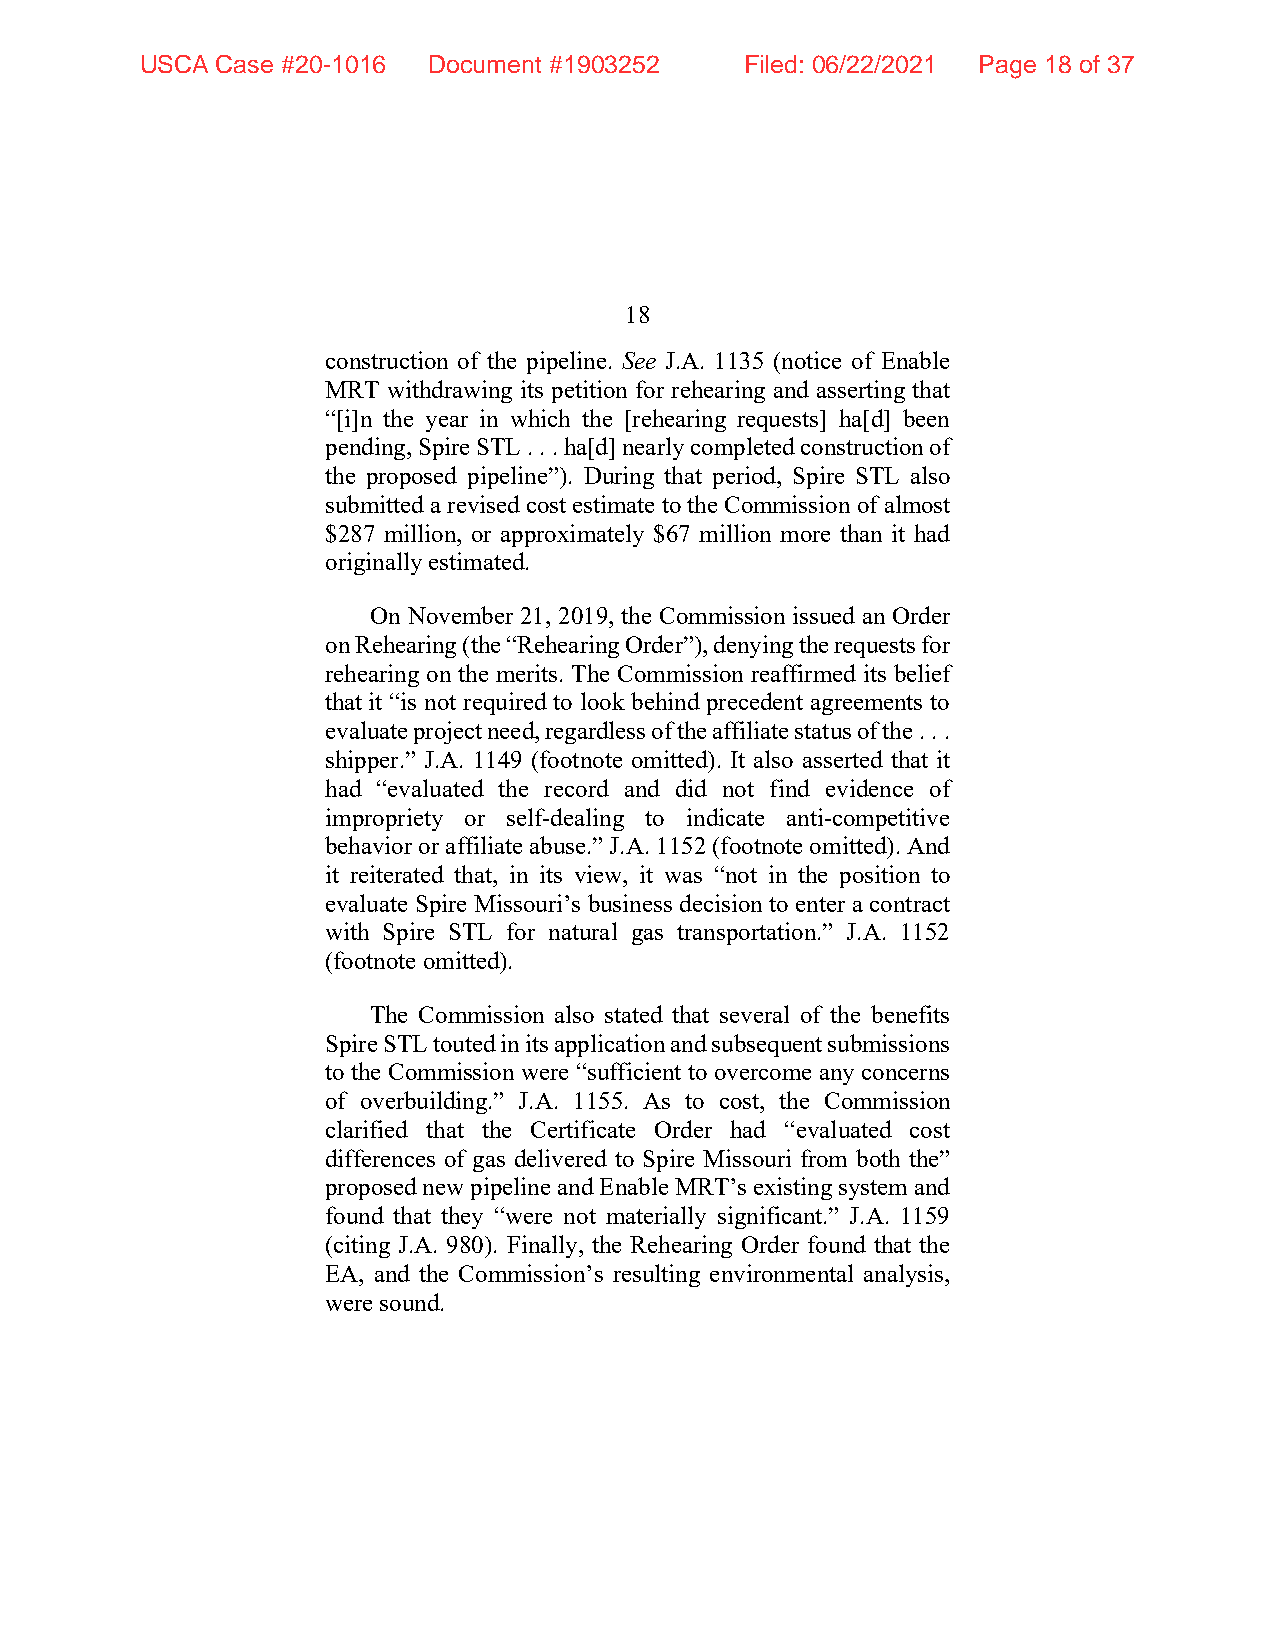
USCA Case #20-1016 Document #1903252    Filed: 06/22/2021 Page 18 of 37
 18
 construction of the pipeline. See J.A. 1135 (notice of Enable
 MRT withdrawing its petition for rehearing and asserting that
 “[i]n the year in which the [rehearing requests] ha[d] been
 pending, Spire STL . . . ha[d] nearly completed construction of
 the proposed pipeline”). During that period, Spire STL also
 submitted a revised cost estimate to the Commission of almost
 $287 million, or approximately $67 million more than it had
 originally estimated.
 On November 21, 2019, the Commission issued an Order
 on Rehearing (the “Rehearing Order”), denying the requests for
 rehearing on the merits. The Commission reaffirmed its belief
 that it “is not required to look behind precedent agreements to
 evaluate project need, regardless of the affiliate status of the . . .
 shipper.” J.A. 1149 (footnote omitted). It also asserted that it
 had “evaluated the record and did not find evidence of
 impropriety or self-dealing to indicate anti-competitive
 behavior or affiliate abuse.” J.A. 1152 (footnote omitted). And
 it reiterated that, in its view, it was “not in the position to
 evaluate Spire Missouri’s business decision to enter a contract
 with Spire STL for natural gas transportation.” J.A. 1152
 (footnote omitted).
 The Commission also stated that several of the benefits
 Spire STL touted in its application and subsequent submissions
 to the Commission were “sufficient to overcome any concerns
 of overbuilding.” J.A. 1155. As to cost, the Commission
 clarified that the Certificate Order had “evaluated cost
 differences of gas delivered to Spire Missouri from both the”
 proposed new pipeline and Enable MRT’s existing system and
 found that they “were not materially significant.” J.A. 1159
 (citing J.A. 980). Finally, the Rehearing Order found that the
 EA, and the Commission’s resulting environmental analysis,
 were sound.